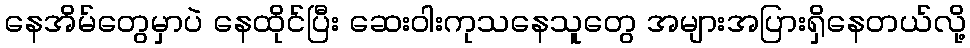
နေအိမ်တွေမှာပဲ နေထိုင်ပြီး ဆေးဝါးကုသနေသူတွေ အများအပြားရှိနေတယ်လို့